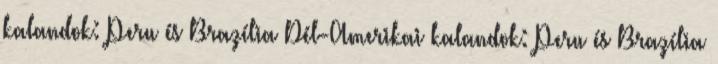
kalandok: Peru és Brazília Dél-Amerikai kalandok: Peru és Brazília